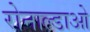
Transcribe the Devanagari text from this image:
रोनाल्डाओ